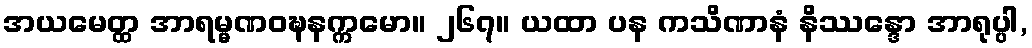
အယမေတ္ထ အာရမ္မဏဝဍ္ဎနက္ကမော။ ၂၆၇။ ယထာ ပန ကသိဏာနံ နိဿန္ဒော အာရုပ္ပါ,